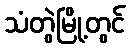
သံတွဲမြို့တွင်